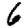
Digit: 6